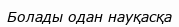
Болады одан науқасқа